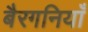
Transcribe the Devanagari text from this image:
बैरगनियाँ